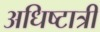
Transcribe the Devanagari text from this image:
अधिष्टात्री